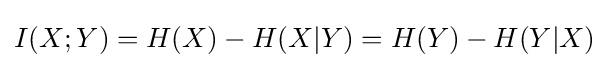
I(X;Y)=H(X)-H(X|Y)=H(Y)-H(Y|X)